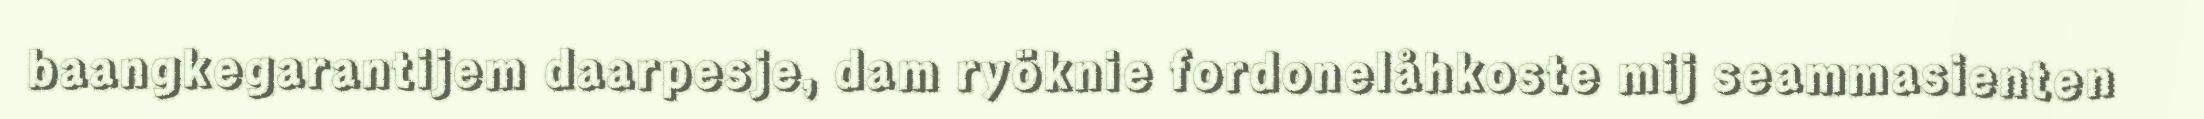
baangkegarantijem daarpesje, dam ryöknie fordonelåhkoste mij seammasienten